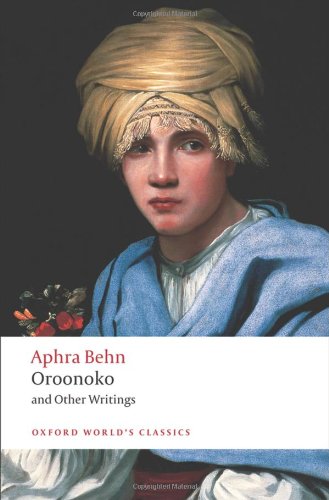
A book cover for Oroonoko, and Other Writings (Oxford World's Classics); Aphra Behn; Literature & Fiction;